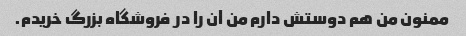
ممنون من هم دوستش دارم من آن را در فروشگاه بزرگ خریدم.